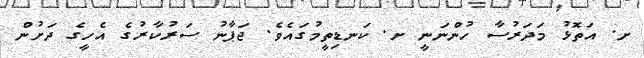
ށ. އަތޮޅު މަދަރުސާ ހުންނަނީ ށ. ކަނޑިތީމުގައެވެ. ޖަޕާނު ސަރުކާރުގެ އެހީގެ ދަށުން